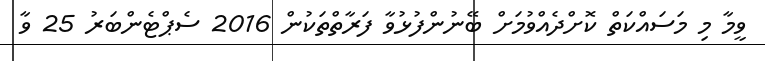
ވީމާ މި މަސައްކަތް ކޮށްދެއްވުމަށް ބޭނުންފުޅުވާ ފަރާތްތަކުން 2016 ސެޕްޓެންބަރު 25 ވާ